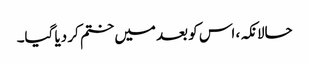
حالانکہ، اس کو بعد میں ختم کر دیا گیا۔